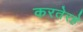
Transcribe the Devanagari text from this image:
करतेरहे